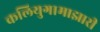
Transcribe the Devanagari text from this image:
कलियुगामाझारी